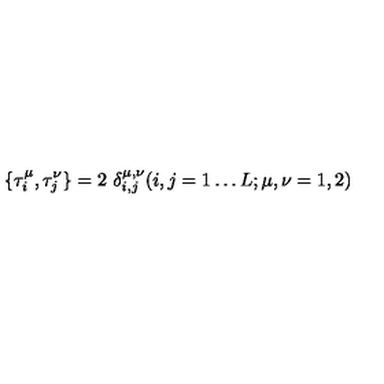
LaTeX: \{ \tau _ { i } ^ { \mu } , \tau _ { j } ^ { \nu } \} = 2 \ \delta _ { i , j } ^ { \mu , \nu } ( i , j = 1 \ldots L ; \mu , \nu = 1 , 2 )